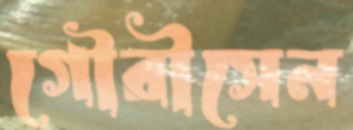
গৌরীসেন